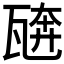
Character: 𰢣